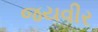
જયવીર